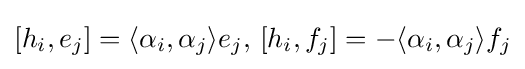
[h_{i},e_{j}]=\langle \alpha _{i},\alpha _{j}\rangle e_{j},\,[h_{i},f_{j}]=-\langle \alpha _{i},\alpha _{j}\rangle f_{j}